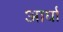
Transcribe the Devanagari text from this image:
आर्घा